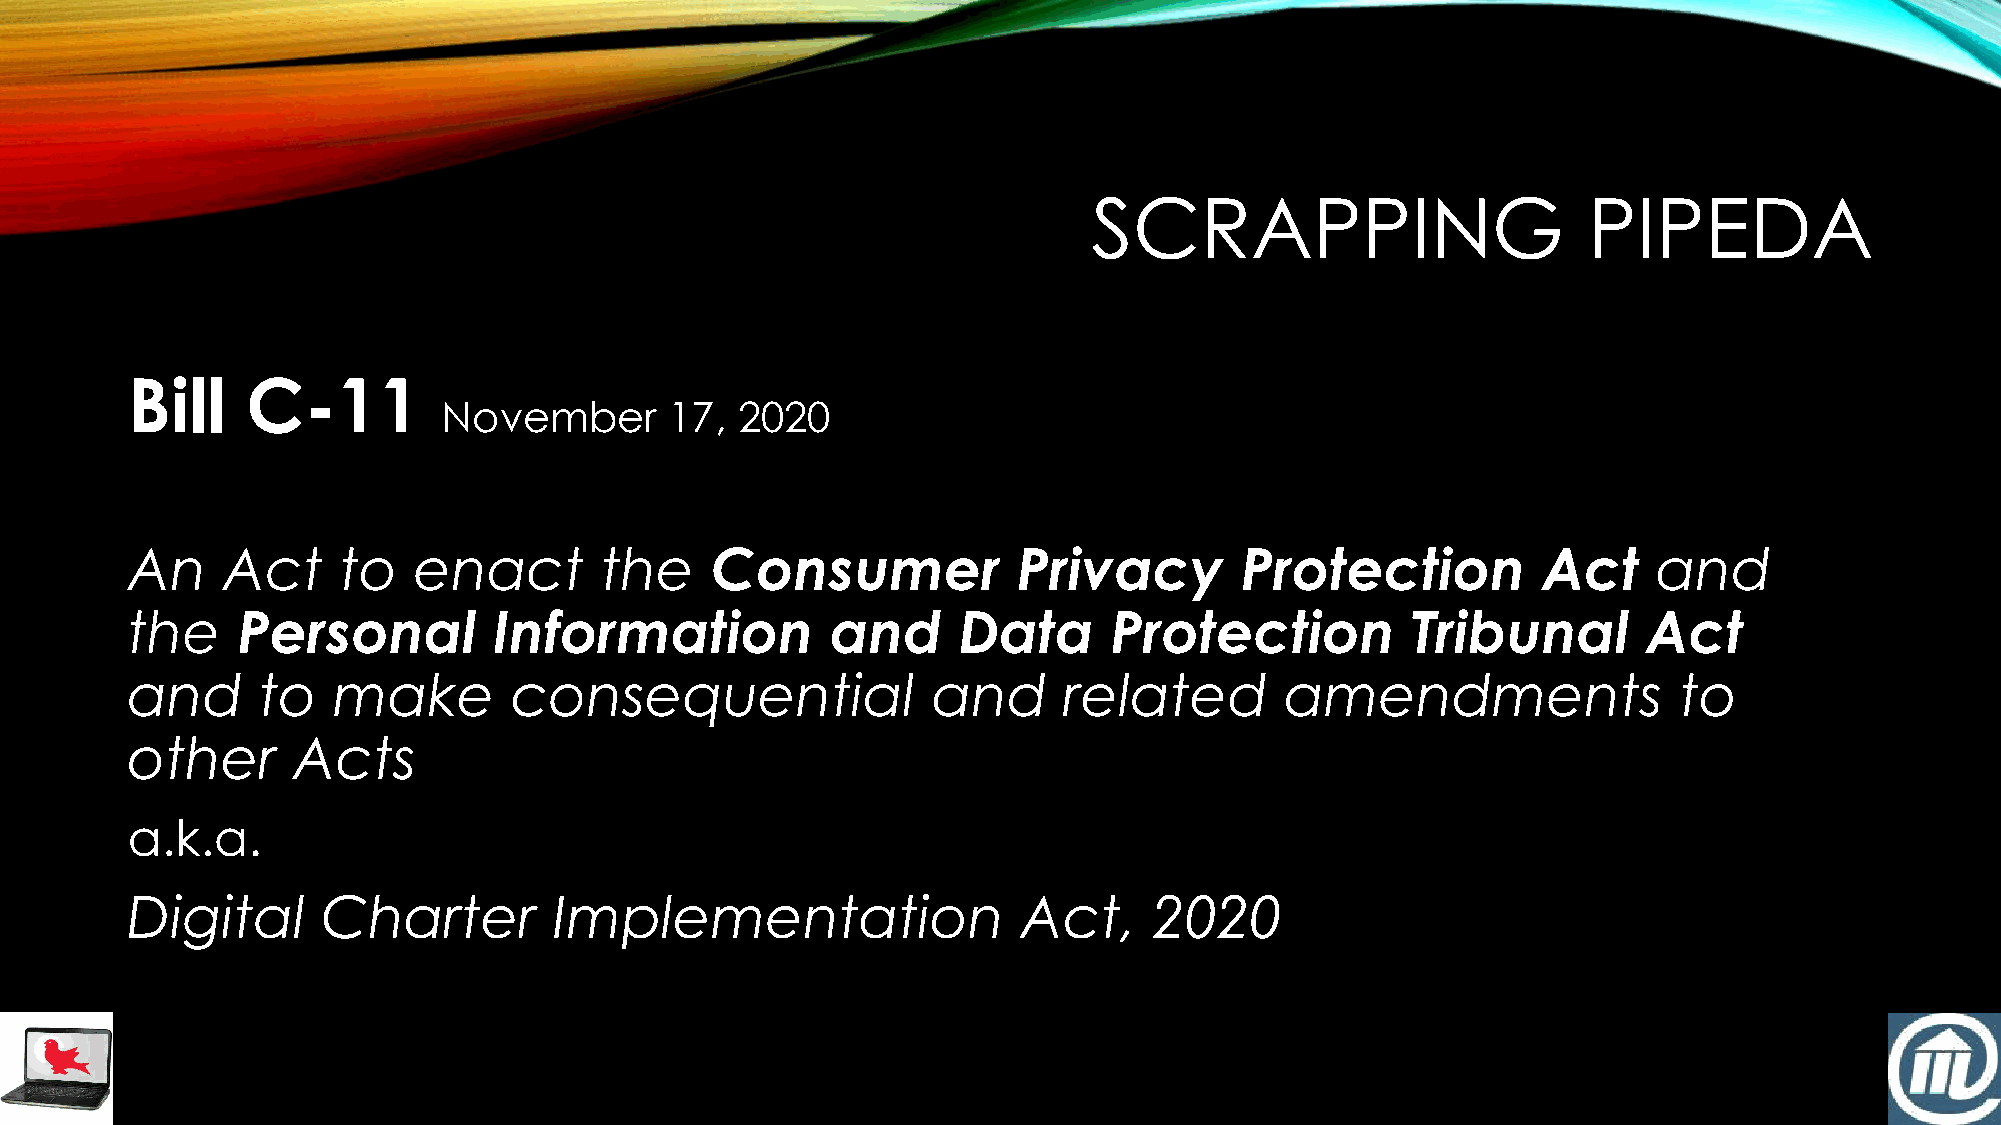
SCRAPPING                        PIPEDA
 Bill    C-11
 November       17,  2020
 An     Act    to   enact        the    Consumer            Privacy        Protection          Act     and
 the     Personal         Information           and     Data      Protection          Tribunal        Act
 and      to   make        consequential               and     related        amendments                to
 other      Acts
 a.k.a.
 Digital      Charter         Implementation                 Act,    2020